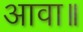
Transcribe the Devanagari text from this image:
आवा॥